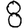
Digit: 8